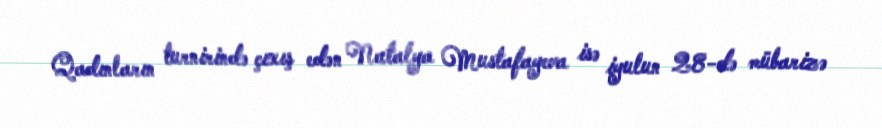
Qadınların turnirində çıxış edən Natalya Mustafayeva isə iyulun 28-də mübarizə